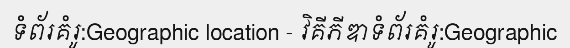
ទំព័រគំរូ:Geographic location - វិគីភីឌាទំព័រគំរូ:Geographic